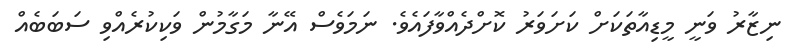
ނިޒާރު ވަނީ މީޑިއާތަކަށް ކަށަވަރު ކޮށްދެއްވާފައެވެ. ނަމަވެސް އޭނާ މަގާމުން ވަކިކުރެއްވި ސަބަބެއް